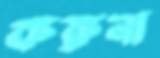
করুনা